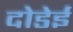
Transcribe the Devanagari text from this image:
दोडेई